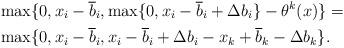
LaTeX: \begin{align*}&\max \{0, x_i - \overline{b}_i, \max \{0,x_i - \overline{b}_i + \Delta b_i\} - \theta^k(x)\} =\\ & \max\{0, x_i - \overline{b}_i, x_i - \overline{b}_i + \Delta b_i - x_k + \overline{b}_k - \Delta b_k\}.\end{align*}